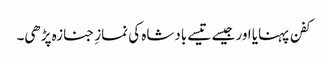
کفن پہنایا اور جیسے تیسے بادشاہ کی نمازِ جنازہ پڑھی۔